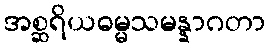
အစ္ဆရိယဓမ္မသမန္နာဂတာ